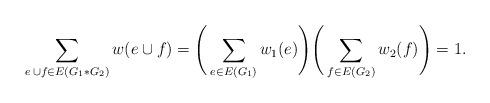
LaTeX: \begin{align*}\sum_{e\,\cup f\in E(G_1*G_2)}w(e\cup f)=\Bigg(\sum_{e\in E(G_1)}w_1(e)\Bigg)\Bigg(\sum_{f\in E(G_2)}w_2(f)\Bigg)=1. \end{align*}